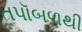
તપૉબળથી